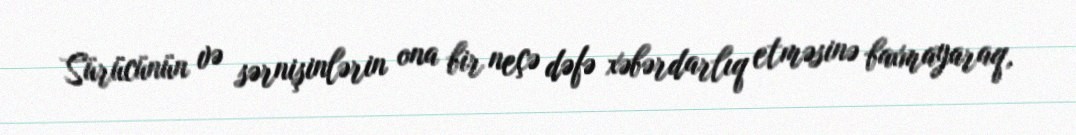
Sürücünün və sərnişinlərin ona bir neçə dəfə xəbərdarlıq etməsinə baxmayaraq,